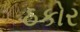
ઠકોર